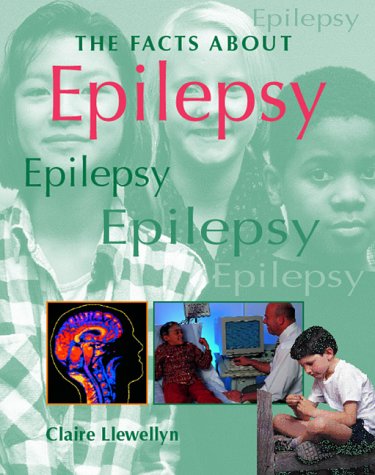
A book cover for Epilepsy (Facts About); Claire Llewellyn; Health, Fitness & Dieting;